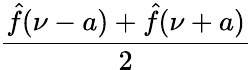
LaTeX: \frac{{\hat{f}}(\nu-a)+{\hat{f}}(\nu+a)}{2}